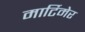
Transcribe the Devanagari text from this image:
मार्टिमेर